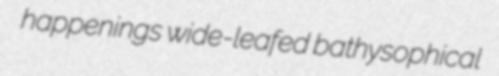
happenings wide-leafed bathysophical